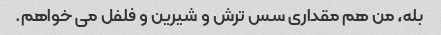
بله، من هم مقداری سس ترش و شیرین و فلفل می خواهم.